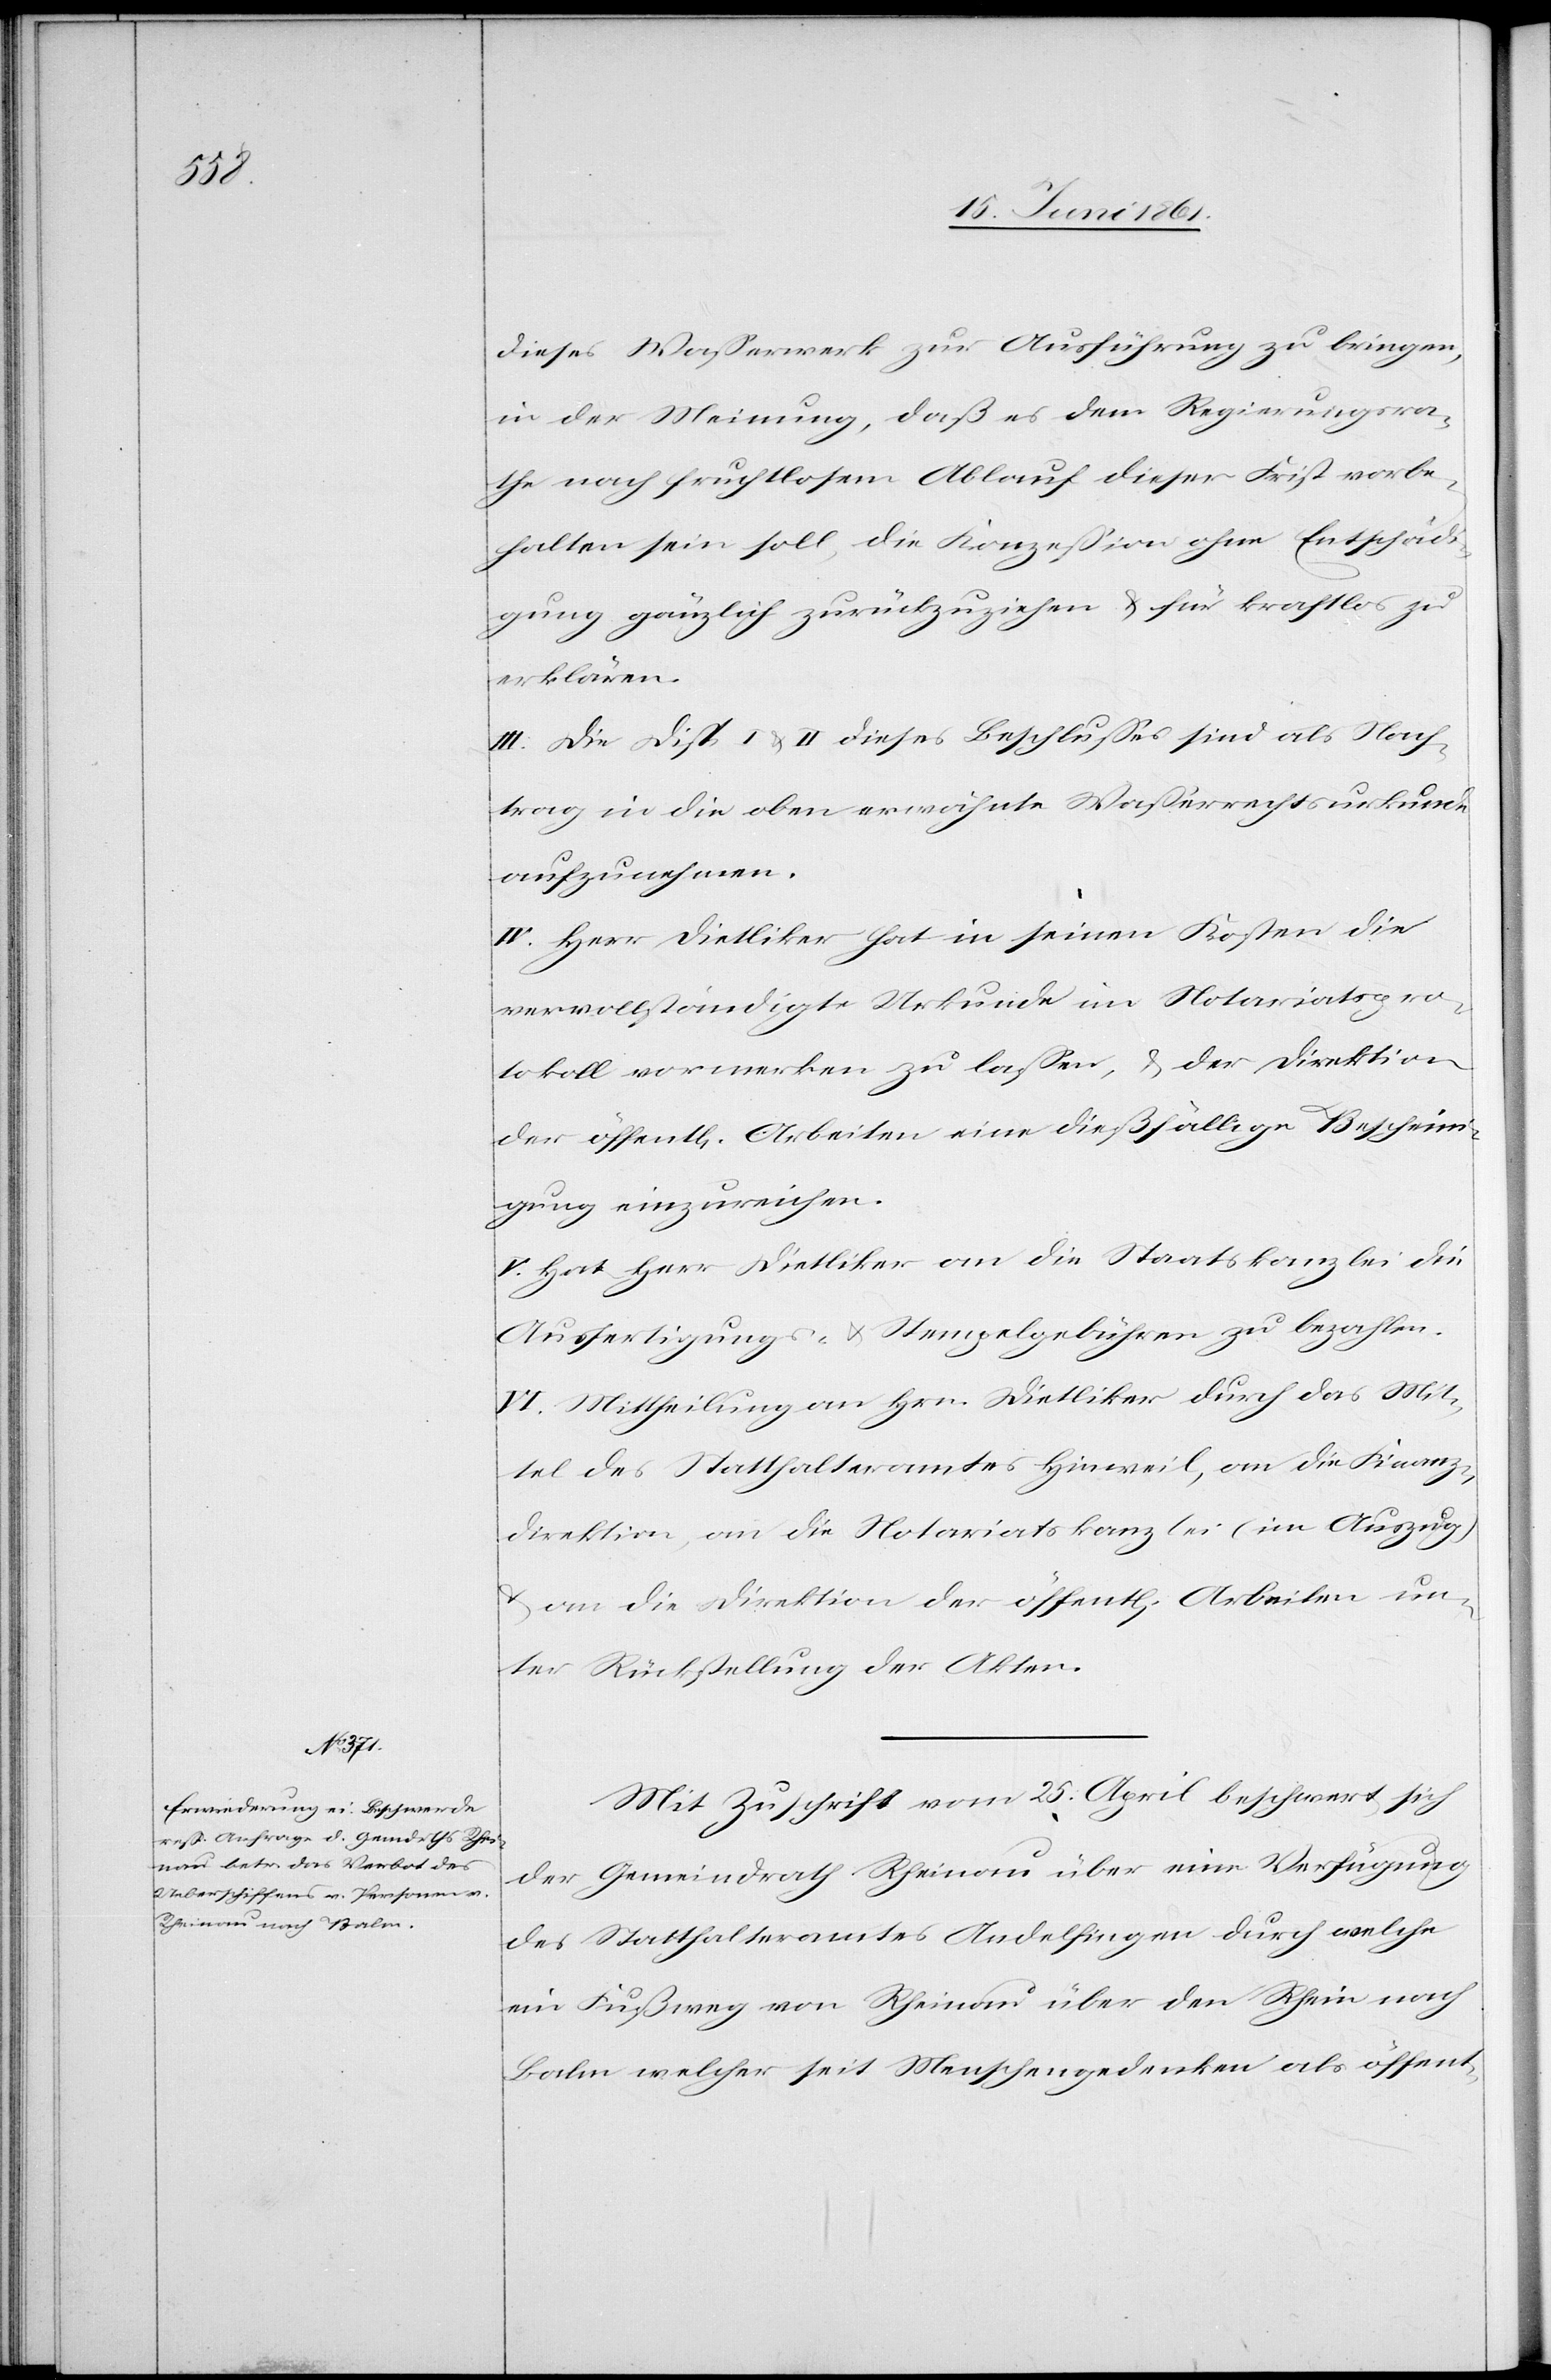
dieses Wasserwerk zur Ausführung zu bringen,
in der Meinung, daß es dem Regierungsra¬
the nach fruchtlosem Ablauf dieser Frist vorbe¬
halten sein soll, die Konzession ohne Entschäd¬
igung gänzlich zurückzuziehen u. für kraftlos zu
erklären.
III. Die Disp. I u. II dieses Beschlusses sind als Nach¬
trag in die oben erwähnte Wasserrechtsurkunde
aufzunehmen.
IV. Herr Dietliker hat in seinen Kosten die
vervollständigte Urkunde im Notariatspro¬
tokoll vormerken zu lassen, u. der Direktion
der öffent[lichen] Arbeiten eine dießfällige Bescheini¬
gung einzureichen.
V. Hat Her Dietliker an die Staatskanzlei die
Ausfertigungs- u. Stempelgebühren zu bezahlen.
VI. Mittheilung an Hrn. Dietliker durch das Mit¬
tel des Statthalteramtes Hinweil, an die Finanz¬
direktion, an die Notariatskanzlei (im Auszug)
u. an die Direktion der öffent[lichen] Arbeiten un¬
ter Rückstellung der Akten.
Mit Zuschrift vom 25. April beschwert sich
der Gemeindrath Rheinau über eine Verfügung
des Statthalteramtes Andelfingen durch welche
ein Fußweg von Rheinau über den Rhein nach
Balm welcher seit Menschengedenken als öffent-